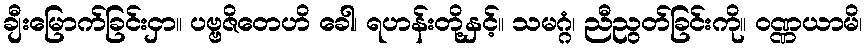
ချီးမြောက်ခြင်းငှာ။ ပဗ္ဗဇိတေဟိ ခေါ၊ ရဟန်းတို့နှင့်။ သမဂ္ဂံ၊ ညီညွတ်ခြင်းကို။ ဝဏ္ဏယာမိ၊